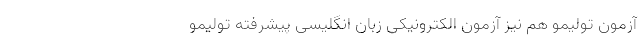
آزمون تولیمو هم نیز آزمون الکترونیکی زبان انگلیسی پیشرفته تولیمو